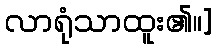
လာရုံသာထူး၏။]